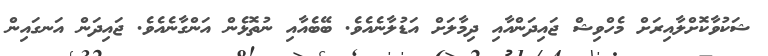
ޝަކުވާކޮށްލާއިރަށް މެހްވިޝް ޖައިދަންއާއި ދިމާލަށް އަޑުލާނެއެވެ. ބޭބެއާއި ނުތޮޅެން އަންގާނެއެވެ. ޖައިދަން އަނގައިން